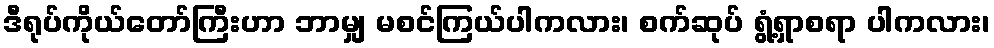
ဒီရုပ်ကိုယ်တော်ကြီးဟာ ဘာမျှ မစင်ကြယ်ပါကလား၊ စက်ဆုပ် ရွံ့ရှာစရာ ပါကလား၊